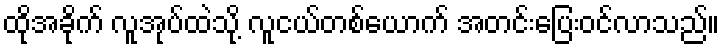
ထိုအခိုက် လူအုပ်ထဲသို့ လူငယ်တစ်ယောက် အတင်းပြေးဝင်လာသည်။